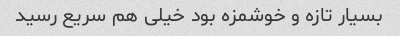
بسیار تازه و خوشمزه بود خیلی هم سریع رسید